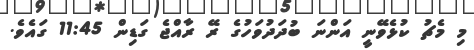
މި މެޗު ކުޅެވޭނީ އަންނަ ބުދަދުވަހުގެ ރޭ ރާއްޖެ ގަޑިން 11:45 ގައެވެ.